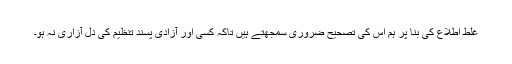
غلط اطلاع کی بنا پر ہم اس کی تصحیح ضروری سمجھتے ہیں تاکہ کسی اور آزادی پسند تنظیم کی دل آزاری نہ ہو۔